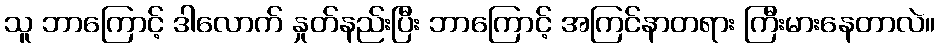
သူ ဘာကြောင့် ဒါလောက် နှုတ်နည်းပြီး ဘာကြောင့် အကြင်နာတရား ကြီးမားနေတာလဲ။